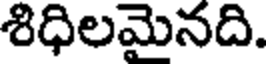
శిధిలమైనది.